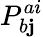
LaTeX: P_{b\mathbf{j}}^{ai}